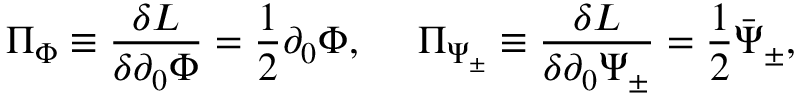
\Pi _ { \Phi } \equiv \frac { \delta { \cal L } } { \delta \partial _ { 0 } \Phi } = \frac { 1 } { 2 } \partial _ { 0 } \Phi , { } ~ ~ ~ ~ \Pi _ { \Psi _ { \pm } } \equiv \frac { \delta { \cal L } } { \delta \partial _ { 0 } \Psi _ { \pm } } = \frac { 1 } { 2 } \bar { \Psi } _ { \pm } ,